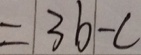
= 3 b - c